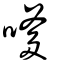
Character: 嗲